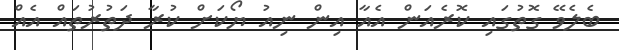
ބެލެވޭ ގޮތުގައި ކޮރެއަން އެއާ އިން ނިއު ޔޯކަށް ކުރާ ދަތުރުތައް އެއް